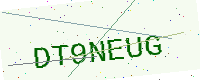
Text: DT9NEUG